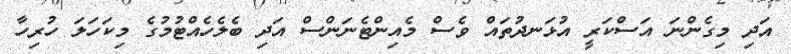
އަދި މިގެންނަ އަސްކަރީ އުޅަނދުތައް ވެސް މެއިންޓެނަންސް އަދި ބެލެހެއްޓުމުގެ މިކަހަލަ ހުރިހާ